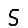
Digit: 5